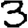
Digit: 3